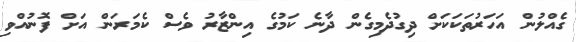
ގެއްލުން އަހަރުތަކަކަށް ދިގުދެމިގެން ދާނެ ކަމުގެ އިންޒާރު ވެސް ކެމަރަން އަށް ފޮނުއްވި